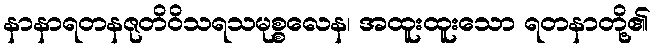
နာနာရတနဇုတိဝိသရသမုစ္စလေန၊ အထူးထူးသော ရတနာတို့၏